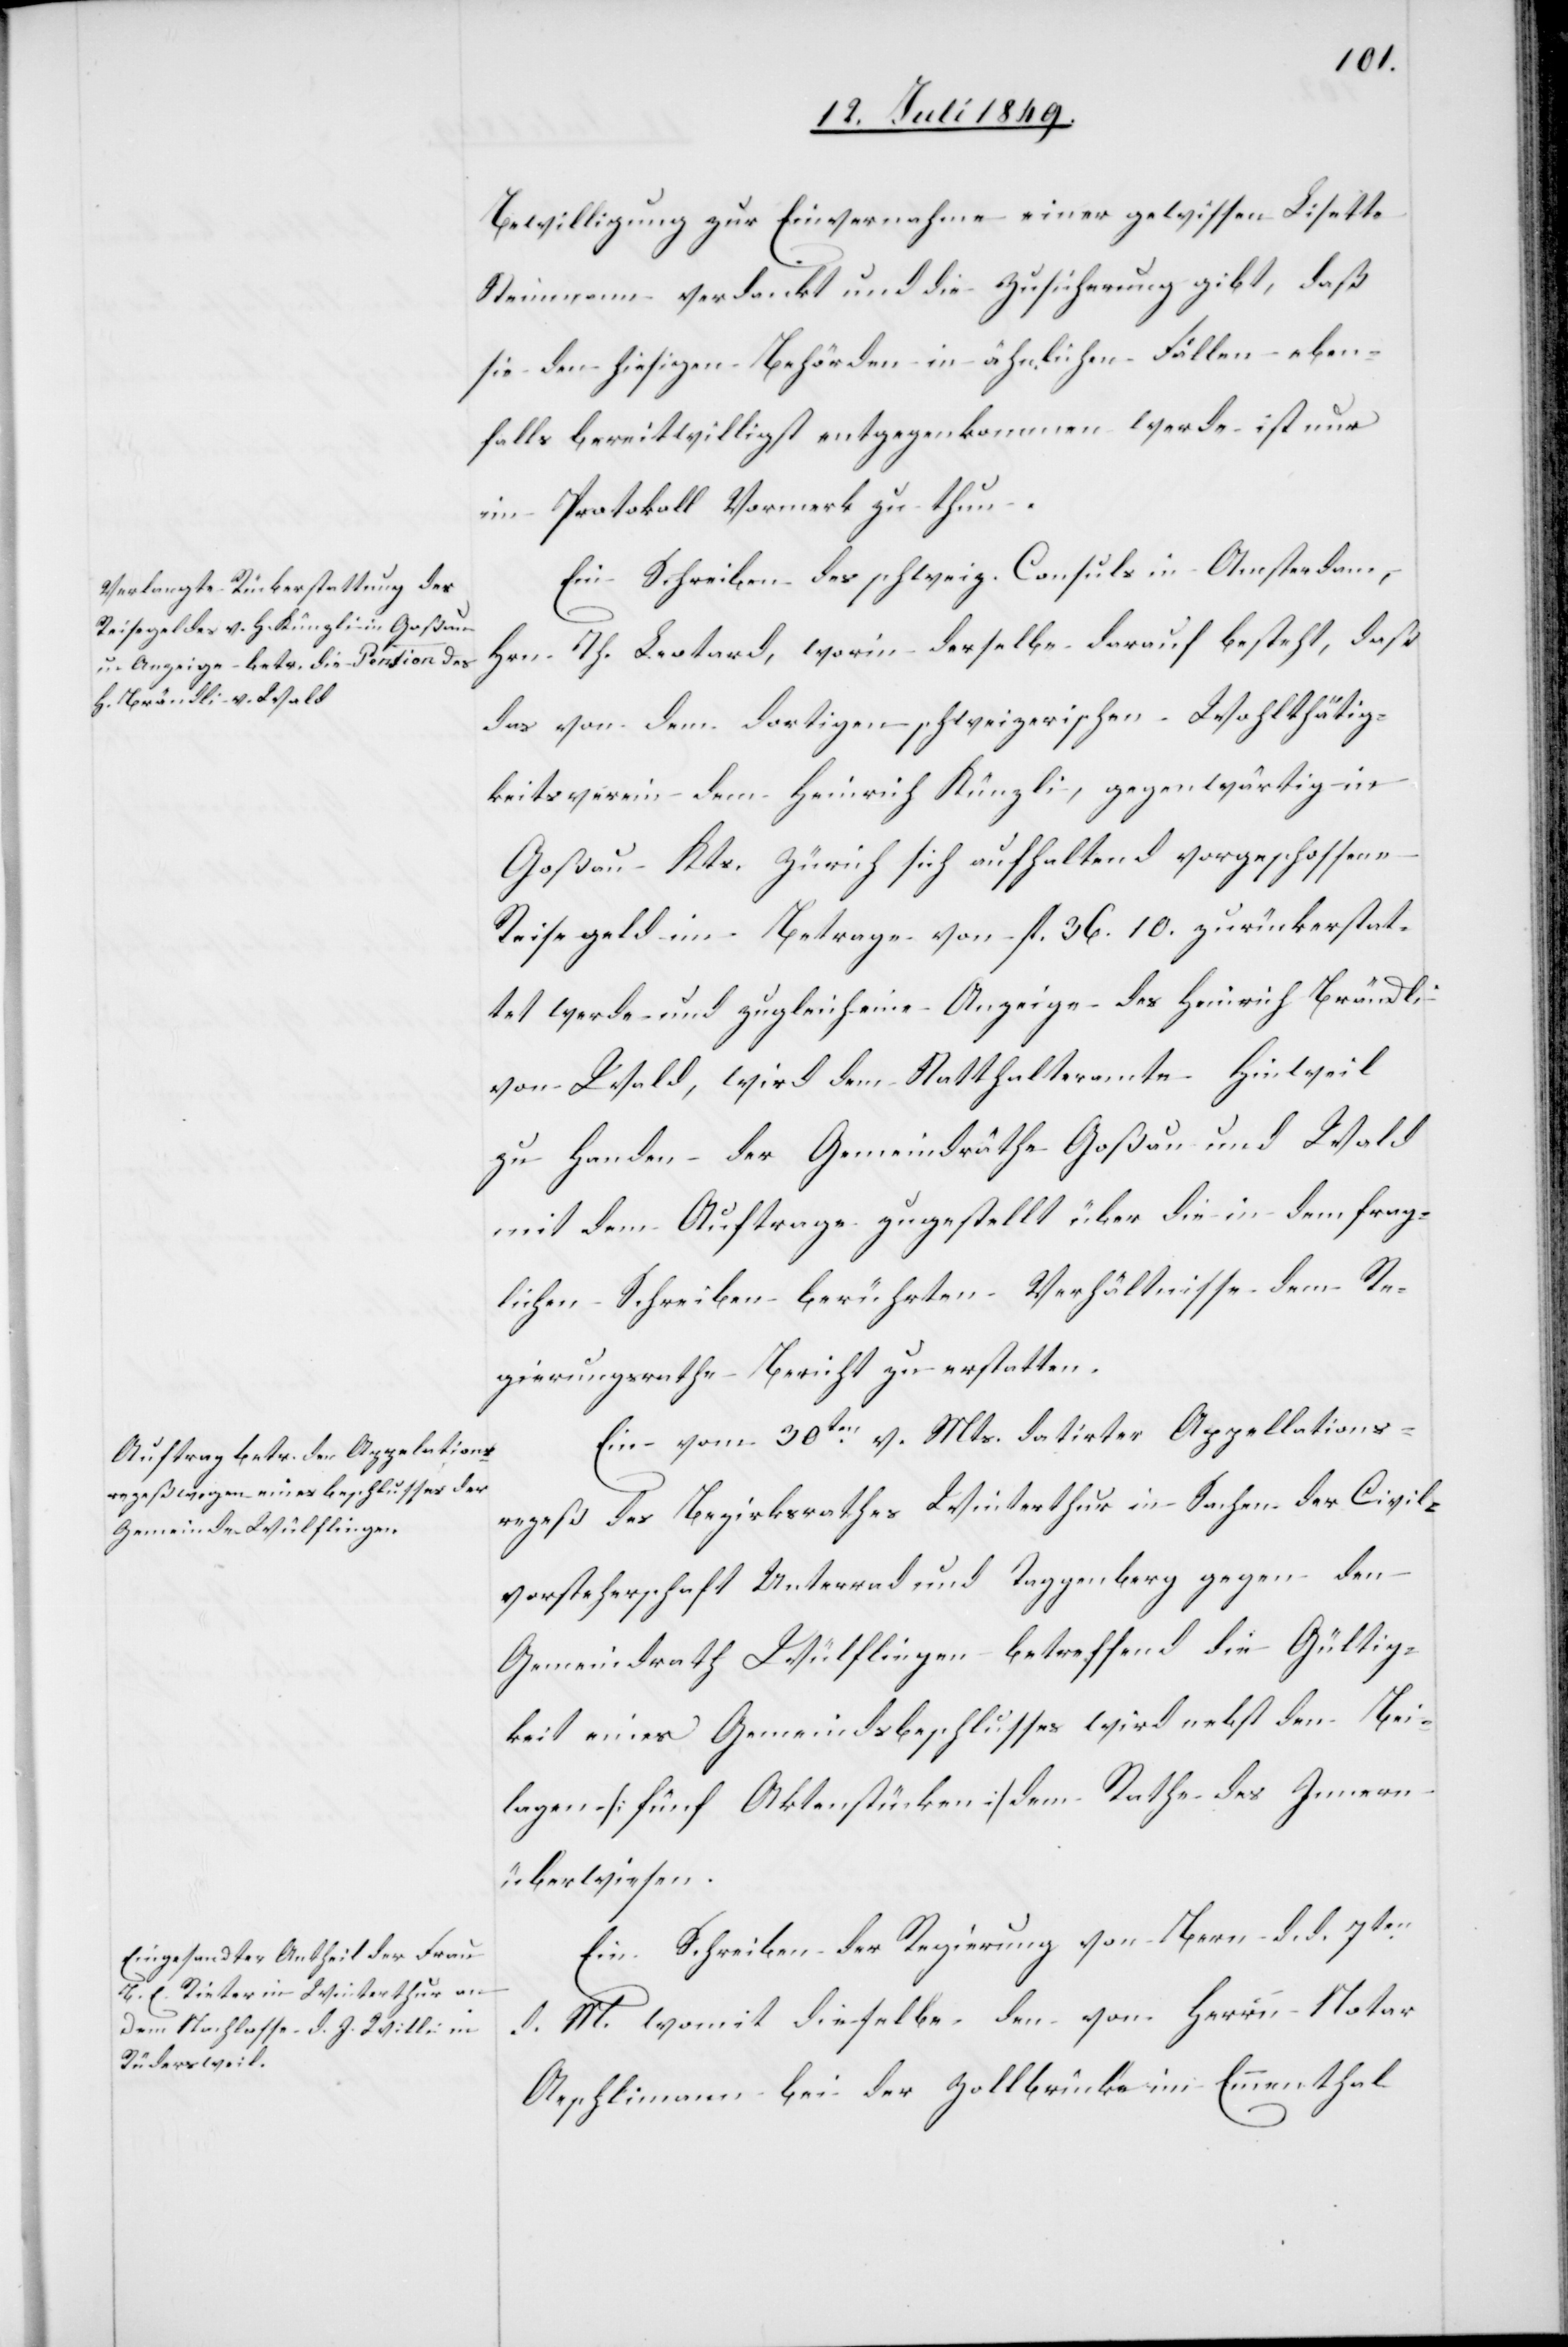
Bewilligung zur Einvernahme einer gewissen Lisette
Steinmann [sic!] verdankt und die Zusicherung gibt, daß
sie den hiesigen Behörden in ähnlichen Fällen eben¬
falls bereitwilligst entgegenkommen werde ist nur
im Protokoll Vormerk zu thun.
Ein Schreiben des schweiz. Consuls in Amsterdam,
Hrn. Th. Leotard, worin derselbe darauf besteht, daß
das von dem dortigen schweizerischen Wohlthätig¬
keitsverein dem Heinrich Künzli, gegenwärtig in
Goßau Kts. Zürich sich aufhaltend vorgeschossene
Reisegeld im Betrage von fl. 36. 10. zurückerstat¬
tet werde und zugleich eine Anzeige des Heinrich Brändli
von Wald, wird dem Statthalteramte Hinweil
zu Handen der Gemeindräthe Goßau und Wald
mit dem Auftrage zugestellt über die in dem frag¬
lichen Schreiben berührten Verhältnisse dem Re¬
gierungsrathe Bericht zu erstatten.
Ein vom 30ten v. Mts. datirter Appellations¬
rezeß des Bezirksrathes Winterthur in Sachen der Civil¬
vorsteherschaft Unterrad und Taggenberg gegen den
Gemeindrath Wülflingen betreffend die Gültig¬
keit eines Gemeindsbeschlusses wird nebst den Bei¬
lagen [fünf Aktenstücken] dem Rathe des Innern
überwiesen.
Ein Schreiben der Regierung von Bern d. d. 7ten
d. M. womit dieselbe den von Herrn Notar
Aeschlimann bei der Zollbrücke im Emmenthal